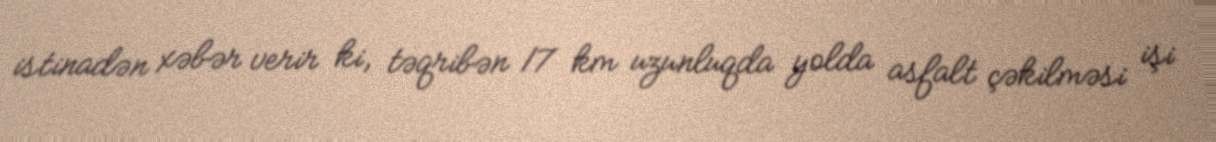
istinadən xəbər verir ki, təqribən 17 km uzunluqda yolda asfalt çəkilməsi işi